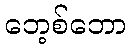
ဘေ့စ်ဘော